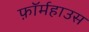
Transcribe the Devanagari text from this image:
फ़ॉर्महाउस